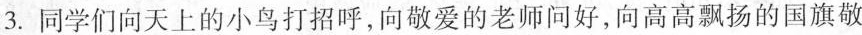
3.同学们向天上的小鸟打招呼，向敬爱的老师问好，向高高飘扬的国旗敬